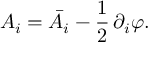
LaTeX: A _ { i } = \bar { A } _ { i } - \frac { 1 } { 2 } \, \partial _ { i } \varphi .